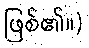
ဖြစ်၏။)